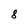
Character: 8